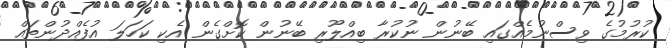
ކުރުމުގެ ވިސްނުމެއްގައި ބޭނުން ނުކުރާ ބިއްލޫރި ބޭނުން ކޮށްގެން އެކި ކަހަލަ އުފެއްދުންތައް